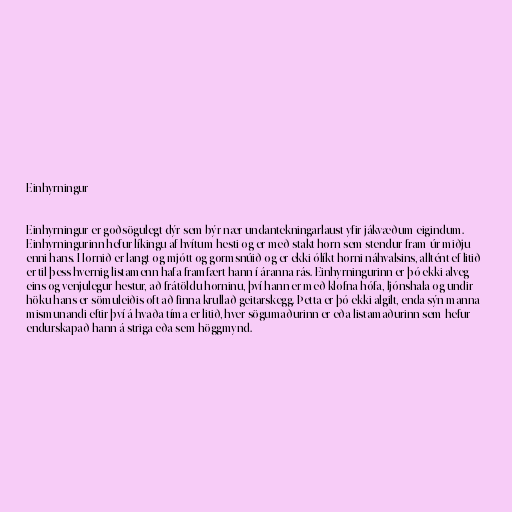
Einhyrningur

Einhyrningur er goðsögulegt dýr sem býr nær undantekningarlaust yfir jákvæðum eigindum.
Einhyrningurinn hefur líkingu af hvítum hesti og er með stakt horn sem stendur fram úr miðju
enni hans. Hornið er langt og mjótt og gormsnúið og er ekki ólíkt horni náhvalsins, alltént ef litið
er til þess hvernig listamenn hafa framfært hann í áranna rás. Einhyrningurinn er þó ekki alveg
eins og venjulegur hestur, að frátöldu horninu, því hann er með klofna hófa, ljónshala og undir
höku hans er sömuleiðis oft að finna krullað geitarskegg. Þetta er þó ekki algilt, enda sýn manna
mismunandi eftir því á hvaða tíma er litið, hver sögumaðurinn er eða listamaðurinn sem hefur
endurskapað hann á striga eða sem höggmynd.